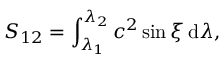
S _ { 1 2 } = \int _ { \lambda _ { 1 } } ^ { \lambda _ { 2 } } c ^ { 2 } \sin \xi \, \mathrm d \lambda ,